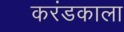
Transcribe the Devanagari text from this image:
करंडकाला